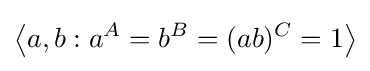
\left\langle {a,b:a^{A}=b^{B}=(ab)^{C}=1}\right\rangle